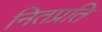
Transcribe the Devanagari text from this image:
नितप्रति